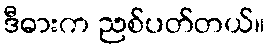
ဒီဓားက ညစ်ပတ်တယ်။